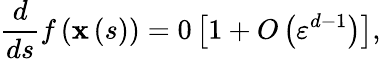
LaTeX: \frac{d}{ds}f\left(\mathbf{x}\left(s\right)\right)=0\left[1+O\left(\varepsilon^{d-1}\right)\right],